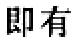
即有